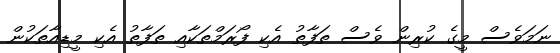
ނަމަވެސް މީގެ ކުރިން ވެސް ތަފާތު އެކި ފޯރަމްތަކާއި ތަފާތު އެކި މީޑިއާތަކުުން